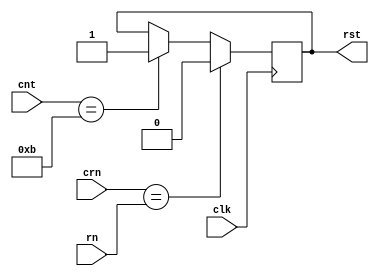
/*Copyright [2018] [Siddhant Mahapatra]

Licensed under the Apache License, Version 2.0 (the "License");
you may not use this file except in compliance with the License.
You may obtain a copy of the License at

    https://github.com/Robosid/Drone-Intelligence/blob/master/License.rtf
    https://github.com/Robosid/Drone-Intelligence/blob/master/License.pdf

Unless required by applicable law or agreed to in writing, software
distributed under the License is distributed on an "AS IS" BASIS,
WITHOUT WARRANTIES OR CONDITIONS OF ANY KIND, either express or implied.
See the License for the specific language governing permissions and
limitations under the License.
*/

module rst_ctrl(clk, rst, crn, rn, cnt);
output reg rst; //reset control
input clk; //clock
input wire [7:0] crn; //Telegram repetition number count received from buffer module
input wire [7:0] rn; //Telegram repetition number count received from gen module
input wire [3:0] cnt; //Count of no. of receives from buffer module

always@(posedge clk)
begin
if (crn == rn)		
	rst = 0; 
else if (cnt == 4'b1011)
	rst = 1;
end

endmodule